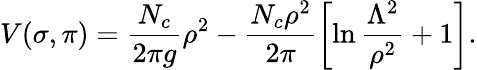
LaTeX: V(\sigma,\pi)=\frac{N_{c}}{2\pi g}\rho^{2}-\frac{N_{c}\rho^{2}}{2\pi}\left[\ln\frac{\Lambda^{2}}{\rho^{2}}+1\right].